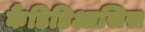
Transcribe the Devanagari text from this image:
कैंडिडिआसिस